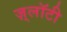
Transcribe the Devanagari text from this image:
ज़्लॉटी